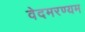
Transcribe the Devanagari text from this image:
वेदमरण्यम